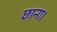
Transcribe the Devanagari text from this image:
छाना।